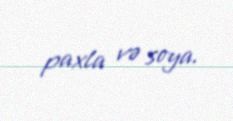
paxla və soya.